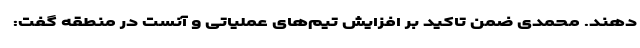
دهند. محمدی ضمن تاکید بر افزایش تیم‌های عملیاتی و آنست در منطقه گفت: